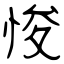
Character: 悛